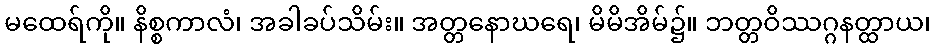
မထေရ်ကို။ နိစ္စကာလံ၊ အခါခပ်သိမ်း။ အတ္တနောဃရေ၊ မိမိအိမ်၌။ ဘတ္တဝိဿဂ္ဂနတ္ထာယ၊